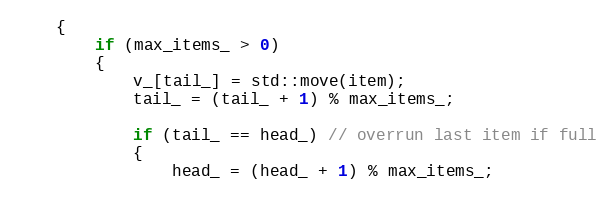
Language: C
    {
        if (max_items_ > 0)
        {
            v_[tail_] = std::move(item);
            tail_ = (tail_ + 1) % max_items_;

            if (tail_ == head_) // overrun last item if full
            {
                head_ = (head_ + 1) % max_items_;